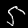
Label: 5